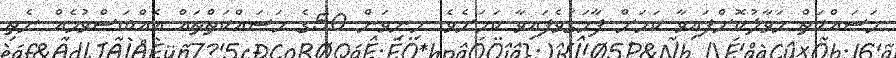
މަސައްކަތް ހަވާލުކޮށްފައިވާ ކަމަށް ފާހަގަވެފައިވާ ކަމަށެވެ. މިނިވަން 50ގެ މަސައްކަތްތައް އެއްބަސްވުމެއް ނެތި